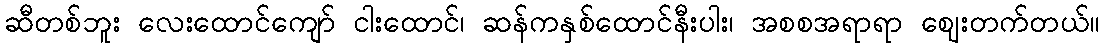
ဆီတစ်ဘူး လေးထောင်ကျော် ငါးထောင်၊ ဆန်ကနှစ်ထောင်နီးပါး၊ အစစအရာရာ ဈေးတက်တယ်။